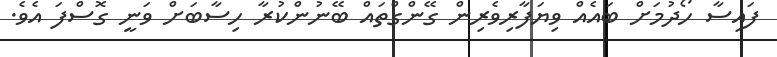
ފައިސާ ހޯދުމަށް ބައެއް ވިޔަފާރިވެރިން ގޭންގްތައް ބޭނުންކުރާ ހިސާބަށް ވަނީ ގޮސްފަ އެވެ.